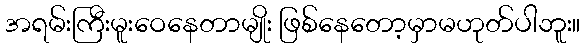
အရမ်းကြီးမူးဝေနေတာမျိုး ဖြစ်နေတော့မှာမဟုတ်ပါဘူး။